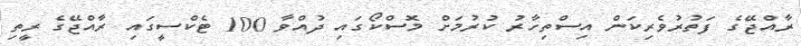
ރާއްޖޭގެ ފަތުރުވެރިކަން އިސްތިހާރު ކުރުމަށް މޮސްކޯގައި ދުއްވާ 100 ޓެކްސީގައި ރާއްޖޭގެ ރީތި